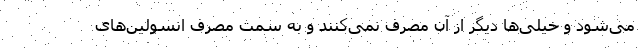
می‌شود و خیلی‌ها دیگر از آن مصرف نمی‌کنند و به سمت مصرف انسولین‌های